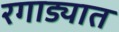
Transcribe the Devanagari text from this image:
रगाड्यात